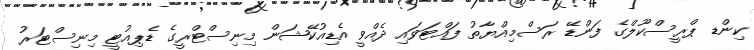
ކިންޑ ޕްރީސްކޫލްގެ ފަންޑޭ ރަސްމިއްޔާތު ފައްޓަވައި ދެއްވީ އެޑިއުކޭޝަން މިނިސްޓްރީގެ ޑެޕިއުޓީ މިނިސްޓަރު